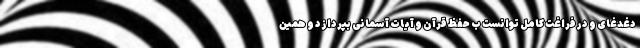
دغدغای و در فراغت کامل توانست ب حفظ قرآن و آیات آسمانی بپردازد و همین